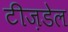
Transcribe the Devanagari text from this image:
टीज़डेल